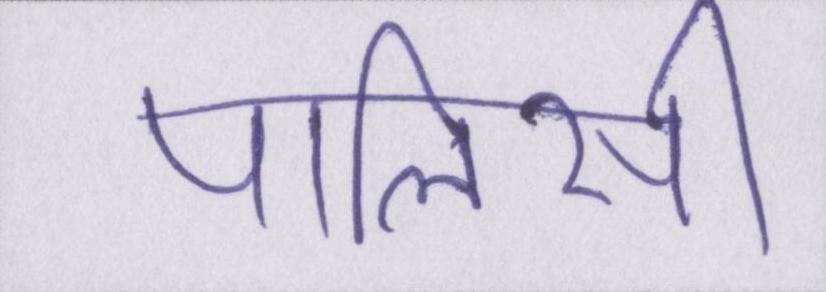
पालिसी